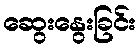
ဆွေးနွေးခြင်း